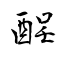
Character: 酲